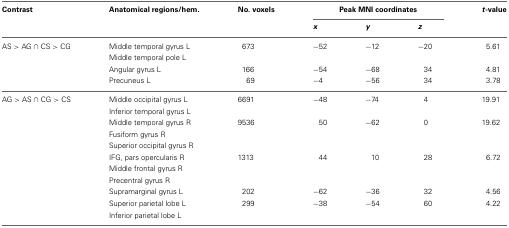
<table><thead><tr><td><b>Contrast</b></td><td><b>Anatomical regions/hem.</b></td><td><b>No. voxels</b></td><td colspan="3"><b>Peak MNI coordinates</b></td><td><b><i>t</i>-value</b></td></tr><tr><td></td><td></td><td></td><td><b><i>x</i></b></td><td><b><i>y</i></b></td><td><b><i>z</i></b></td><td></td></tr></thead><tbody><tr><td>AS &gt; AG ∩ CS &gt; CG</td><td>Middle temporal gyrus L</td><td>673</td><td>−52</td><td>−12</td><td>−20</td><td>5.61</td></tr><tr><td></td><td>Middle temporal pole L</td><td></td><td></td><td></td><td></td><td></td></tr><tr><td></td><td>Angular gyrus L</td><td>166</td><td>−54</td><td>−68</td><td>34</td><td>4.81</td></tr><tr><td></td><td>Precuneus L</td><td>69</td><td>−4</td><td>−56</td><td>34</td><td>3.78</td></tr><tr><td>AG &gt; AS ∩ CG &gt; CS</td><td>Middle occipital gyrus L</td><td>6691</td><td>−48</td><td>−74</td><td>4</td><td>19.91</td></tr><tr><td></td><td>Inferior temporal gyrus L</td><td></td><td></td><td></td><td></td><td></td></tr><tr><td></td><td>Middle temporal gyrus R</td><td>9536</td><td>50</td><td>−62</td><td>0</td><td>19.62</td></tr><tr><td></td><td>Fusiform gyrus R</td><td></td><td></td><td></td><td></td><td></td></tr><tr><td></td><td>Superior occipital gyrus R</td><td></td><td></td><td></td><td></td><td></td></tr><tr><td></td><td>IFG, pars opercularis R</td><td>1313</td><td>44</td><td>10</td><td>28</td><td>6.72</td></tr><tr><td></td><td>Middle frontal gyrus R</td><td></td><td></td><td></td><td></td><td></td></tr><tr><td></td><td>Precentral gyrus R</td><td></td><td></td><td></td><td></td><td></td></tr><tr><td></td><td>Supramarginal gyrus L</td><td>202</td><td>−62</td><td>−36</td><td>32</td><td>4.56</td></tr><tr><td></td><td>Superior parietal lobe L</td><td>299</td><td>−38</td><td>−54</td><td>60</td><td>4.22</td></tr><tr><td></td><td>Inferior parietal lobe L</td><td></td><td></td><td></td><td></td><td></td></tr></tbody></table>